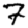
Digit: 7